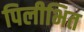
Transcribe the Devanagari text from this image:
पिलीभित